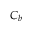
C _ { b }